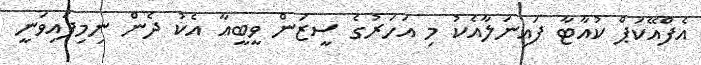
އެފްއޭކަޕް ކުއާޓާ ފައިނަލާއެކު މި އަހަރުގެ ސީޒަން ވީބީއާ އެކު ދެން ނިމިފައިވަނީ